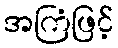
အကြံဖြင့်